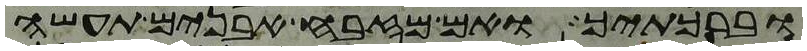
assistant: וברכתיך ואם מזבח אבנים תעשה